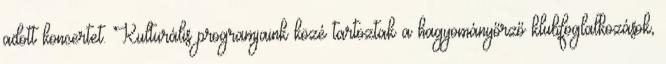
adott koncertet. Kulturális programjaink közé tartoztak a hagyományőrző klubfoglalkozások,